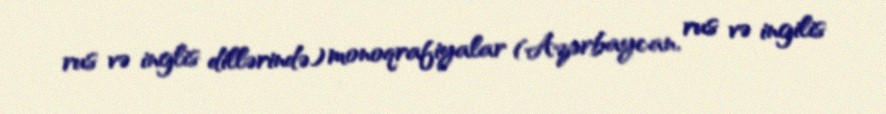
rus və inglis dillərində) monoqrafiyalar (Azərbaycan, rus və ingilis